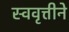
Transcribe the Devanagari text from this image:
स्ववृत्तीने